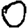
Digit: 0